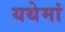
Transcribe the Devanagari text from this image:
यथेमां